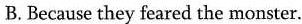
B.Because they feared the monster.